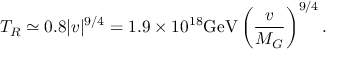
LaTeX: T _ { R } \simeq 0 . 8 | v | ^ { 9 / 4 } = 1 . 9 \times 1 0 ^ { 1 8 } \mathrm { G e V } \left( \frac { v } { M _ { G } } \right) ^ { 9 / 4 } .